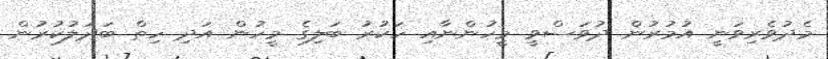
މެދުވެރިވަނީ އުމުރުން ދުވަސްވީ މީހުންނާއި ހަކުރު ބަލިގެ މީހުން އަދި ހިތް ބަދަލުކުރުން